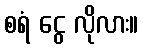
စရံ ငွေ လိုလား။